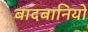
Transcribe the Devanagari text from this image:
बादबानियों